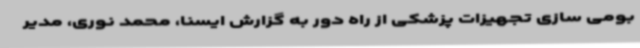
بومی سازی تجهیزات پزشکی از راه دور به گزارش ایسنا، محمد نوری، مدیر